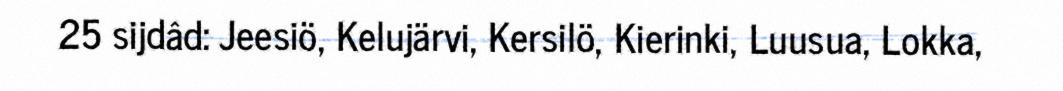
25 sijdâd: Jeesiö, Kelujärvi, Kersilö, Kierinki, Luusua, Lokka,